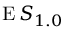
\operatorname { E } S _ { 1 . 0 }